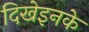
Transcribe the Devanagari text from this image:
दिखेइनके